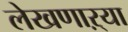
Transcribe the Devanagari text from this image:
लेखणाऱ्या